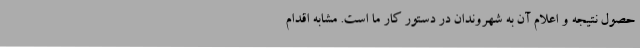
حصول نتیجه و اعلام آن به شهروندان در دستور کار ما است. مشابه اقدام